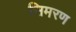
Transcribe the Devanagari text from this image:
सिमरण